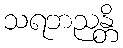
သရဘညန္တိ